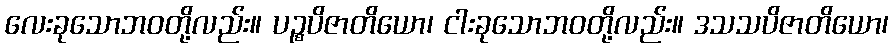
လေးခုသောဘဝတို့လည်း။ ပဉ္စပိဇာတိယော၊ ငါးခုသောဘဝတို့လည်း။ ဒသသပိဇာတိယော၊